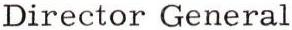
Director General